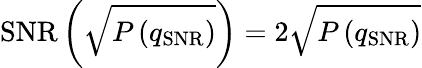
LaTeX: \operatorname{SNR}\left(\sqrt{P\left(q_{\mathrm{SNR}}\right)}\right)=2\sqrt{P\left(q_{\mathrm{SNR}}\right)}